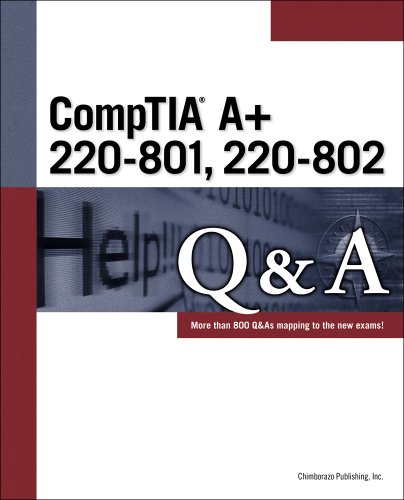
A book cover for CompTIA A+ 220-801 220-802 Q&A; Inc. Chimborazo Publishing; Computers & Technology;